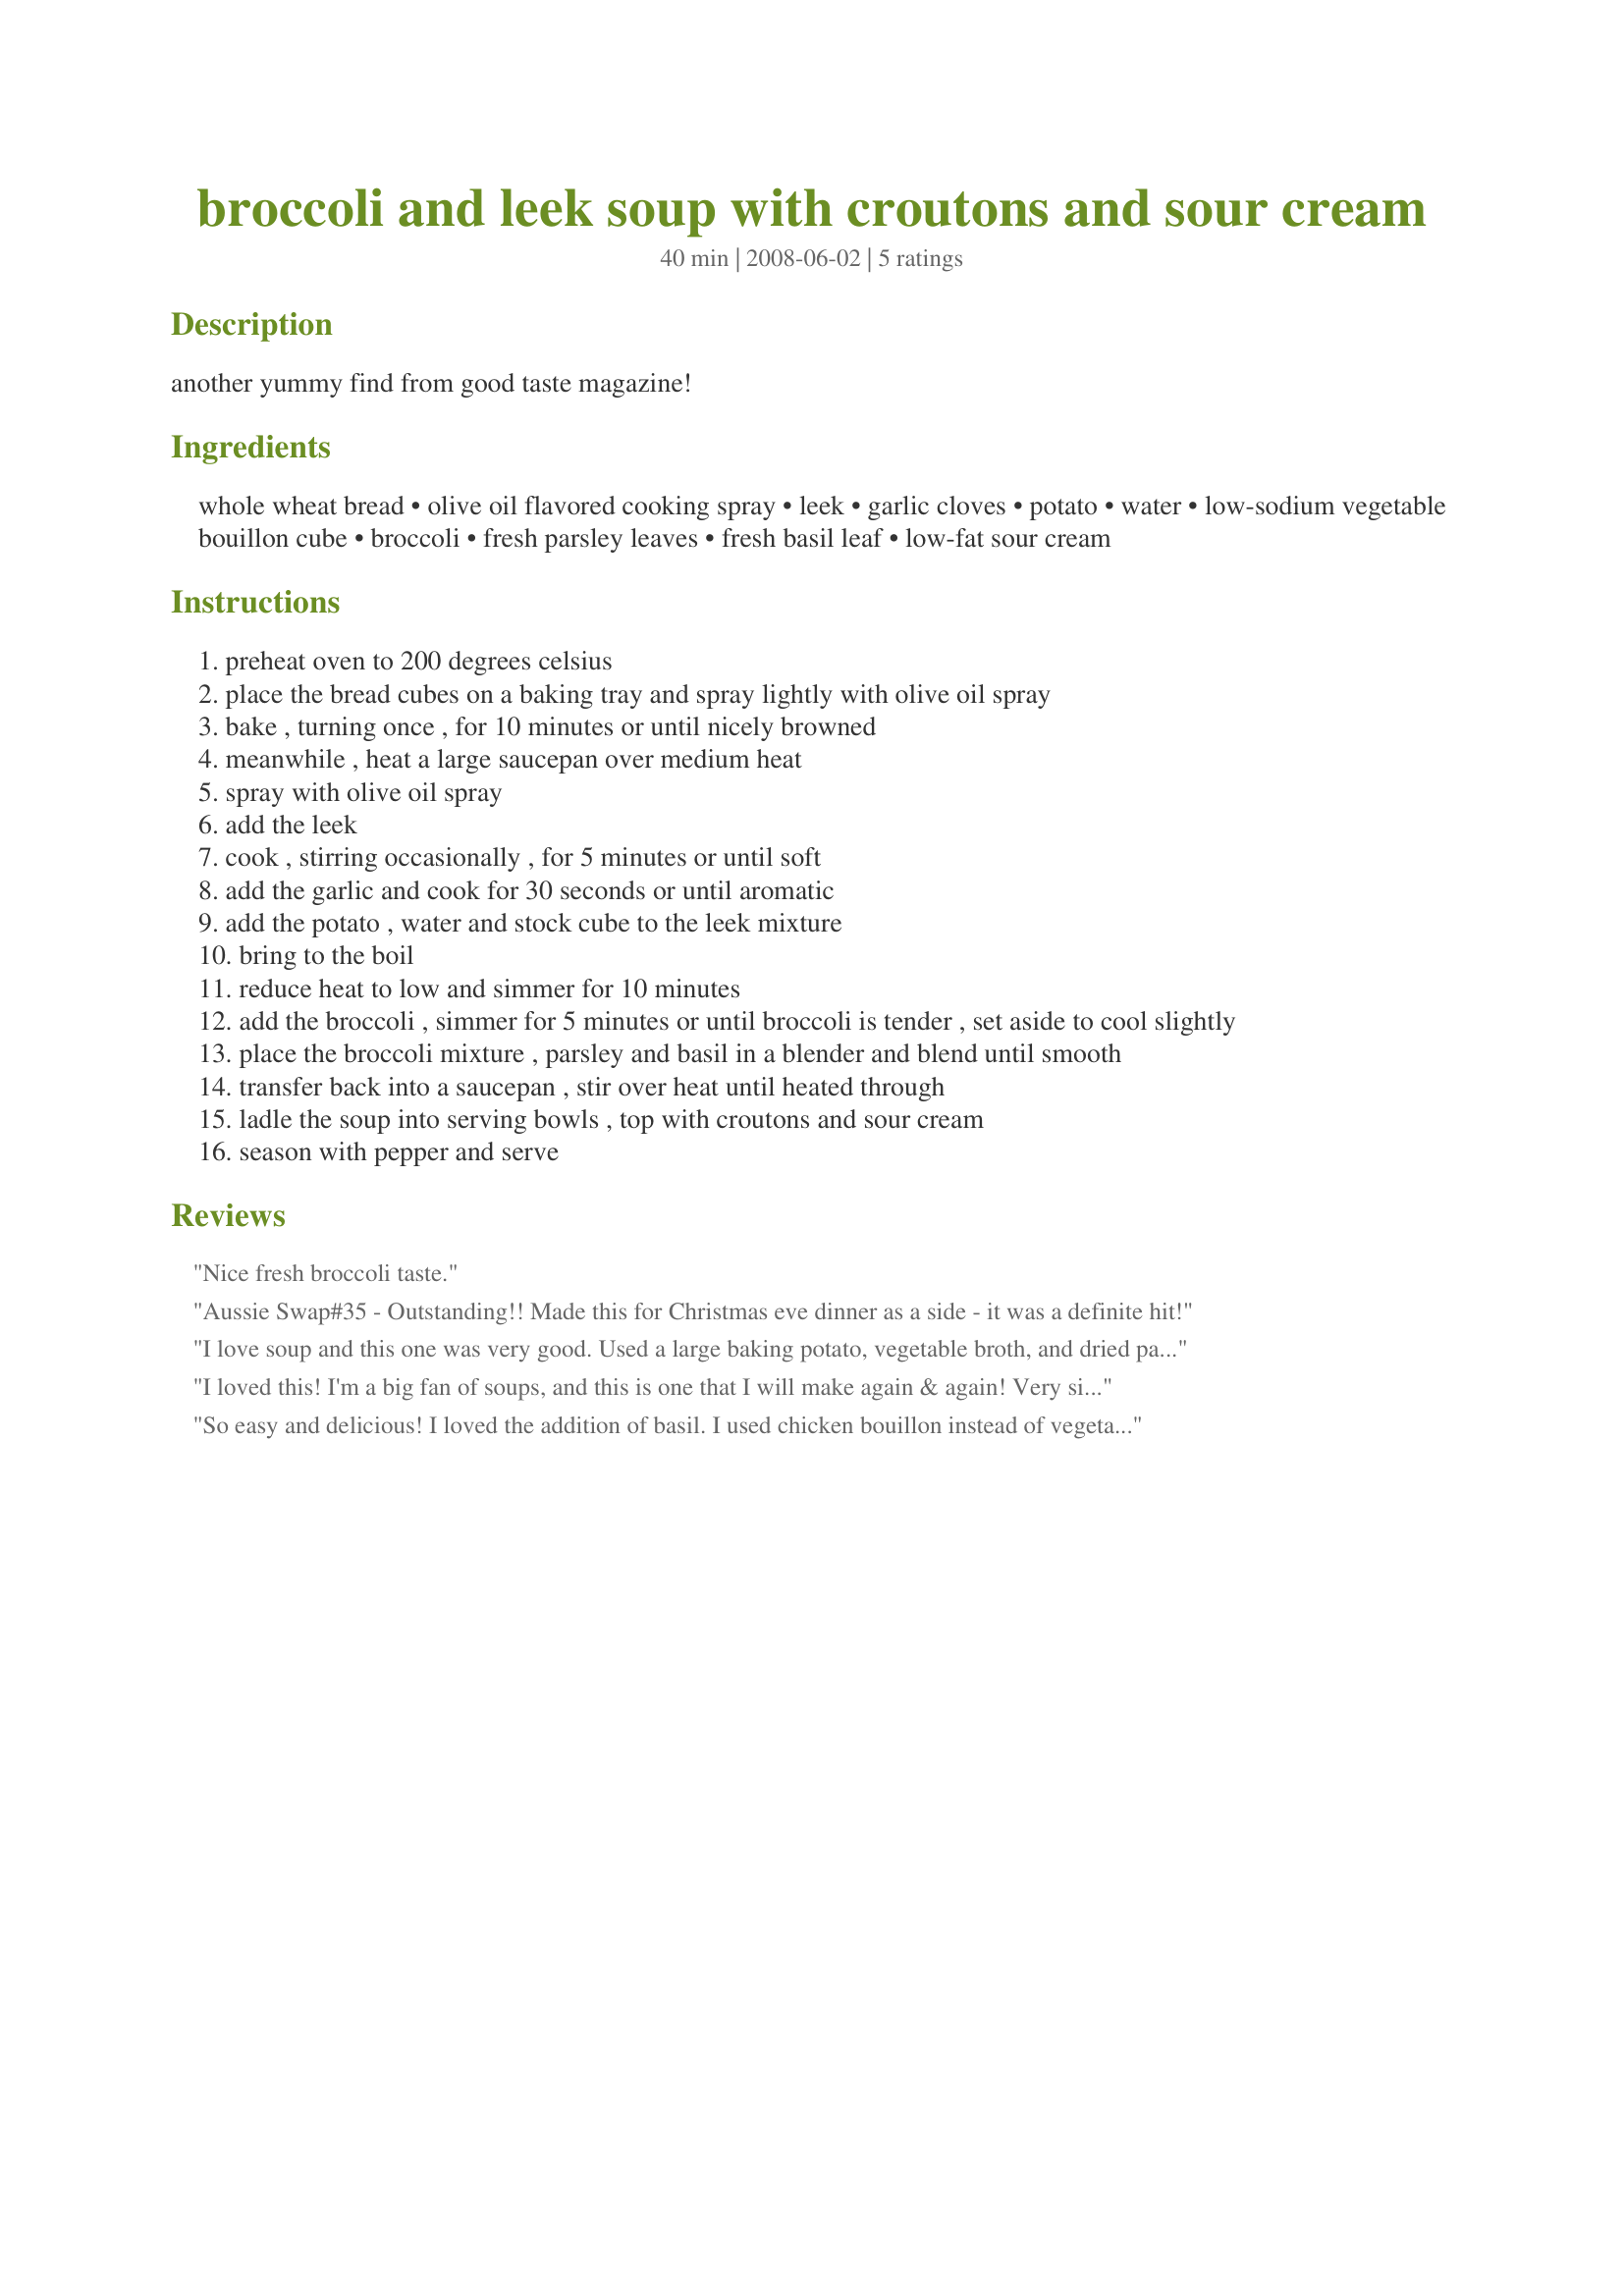
broccoli and leek soup with croutons and sour cream
Preparation time: 40 minutes

another yummy find from good taste magazine!

Ingredients:
whole wheat bread, olive oil flavored cooking spray, leek, garlic cloves, potato, water, low-sodium vegetable bouillon cube, broccoli, fresh parsley leaves, fresh basil leaf, low-fat sour cream

Steps:
preheat oven to 200 degrees celsius
place the bread cubes on a baking tray and spray lightly with olive oil spray
bake , turning once , for 10 minutes or until nicely browned
meanwhile , heat a large saucepan over medium heat
spray with olive oil spray
add the leek
cook , stirring occasionally , for 5 minutes or until soft
add the garlic and cook for 30 seconds or until aromatic
add the potato , water and stock cube to the leek mixture
bring to the boil
reduce heat to low and simmer for 10 minutes
add the broccoli , simmer for 5 minutes or until broccoli is tender , set aside to cool slightly
place the broccoli mixture , parsley and basil in a blender and blend until smooth
transfer back into a saucepan , stir over heat until heated through
ladle the soup into serving bowls , top with croutons and sour cream
season with pepper and serve

Reviews:
Nice fresh broccoli taste.
Aussie Swap#35 - Outstanding!! Made this for Christmas eve dinner as a side - it was a definite hit!
I love soup and this one was very good. Used a large baking potato, vegetable broth, and dried parsley and basil. Fresh flavors, crunchy croutons, and a bit of tart from the sour cream. Thank you Chickee for posting this yummy soup recipe. Made and reviewed for the Aussie/NewZealand Recipe Swap #34.
I loved this! I'm a big fan of soups, and this is one that I will make again & again! Very simple, very quick, very healthy, and SO yummy!
So easy and delicious! I loved the addition of basil. I used chicken bouillon instead of vegetable. I sprinkled the croutons with salt and pepper before browning. They were delicious! Made for the Aussie/NZ swap #32.
